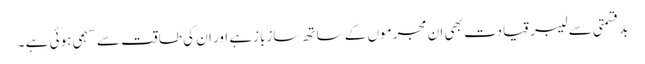
بدقسمتی سے لیبر قیادت بھی ان مجرموں کے ساتھ سازبازہے اور ان کی طاقت سے سہمی ہوئی ہے ۔